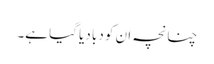
چنانچہ ان کو دبا دیا گیا ہے۔